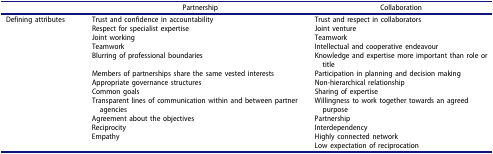
<table><thead><tr><td><b> </b></td><td><b>Partnership</b></td><td><b>Collaboration</b></td></tr></thead><tbody><tr><td>Defining attributes</td><td>Trust and confidence in accountability</td><td>Trust and respect in collaborators</td></tr><tr><td> </td><td>Respect for specialist expertise</td><td>Joint venture</td></tr><tr><td> </td><td>Joint working</td><td>Teamwork</td></tr><tr><td> </td><td>Teamwork</td><td>Intellectual and cooperative endeavour</td></tr><tr><td> </td><td>Blurring of professional boundaries</td><td>Knowledge and expertise more important than role or title</td></tr><tr><td> </td><td>Members of partnerships share the same vested interests</td><td>Participation in planning and decision making</td></tr><tr><td> </td><td>Appropriate governance structures</td><td>Non-hierarchical relationship</td></tr><tr><td> </td><td>Common goals</td><td>Sharing of expertise</td></tr><tr><td> </td><td>Transparent lines of communication within and between partner agencies</td><td>Willingness to work together towards an agreed purpose</td></tr><tr><td> </td><td>Agreement about the objectives</td><td>Partnership</td></tr><tr><td> </td><td>Reciprocity</td><td>Interdependency</td></tr><tr><td> </td><td>Empathy</td><td>Highly connected network</td></tr><tr><td> </td><td> </td><td>Low expectation of reciprocation</td></tr></tbody></table>